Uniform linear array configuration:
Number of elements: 12
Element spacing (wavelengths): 0.75
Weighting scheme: kaiser
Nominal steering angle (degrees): -30
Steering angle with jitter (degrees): -29.673
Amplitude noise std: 0.05
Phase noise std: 0.05

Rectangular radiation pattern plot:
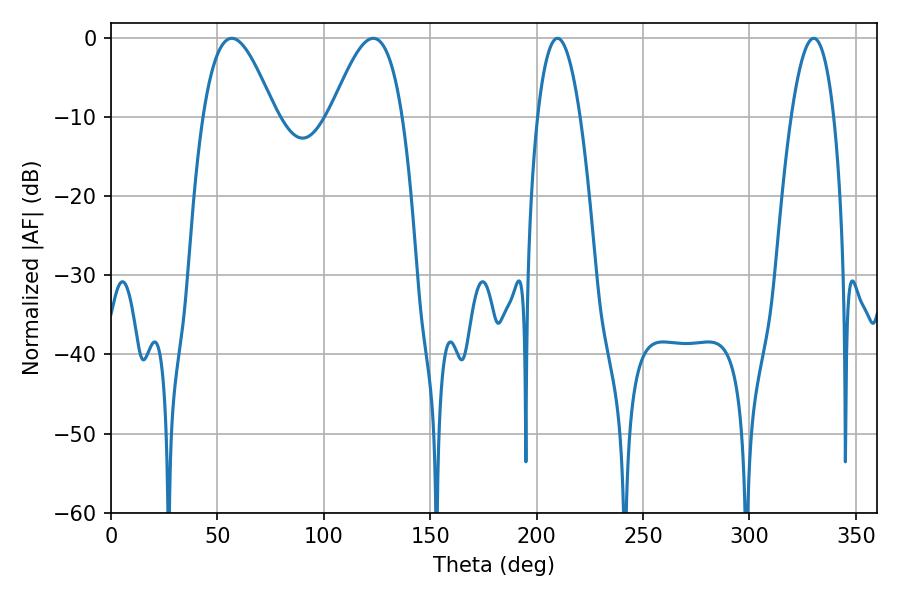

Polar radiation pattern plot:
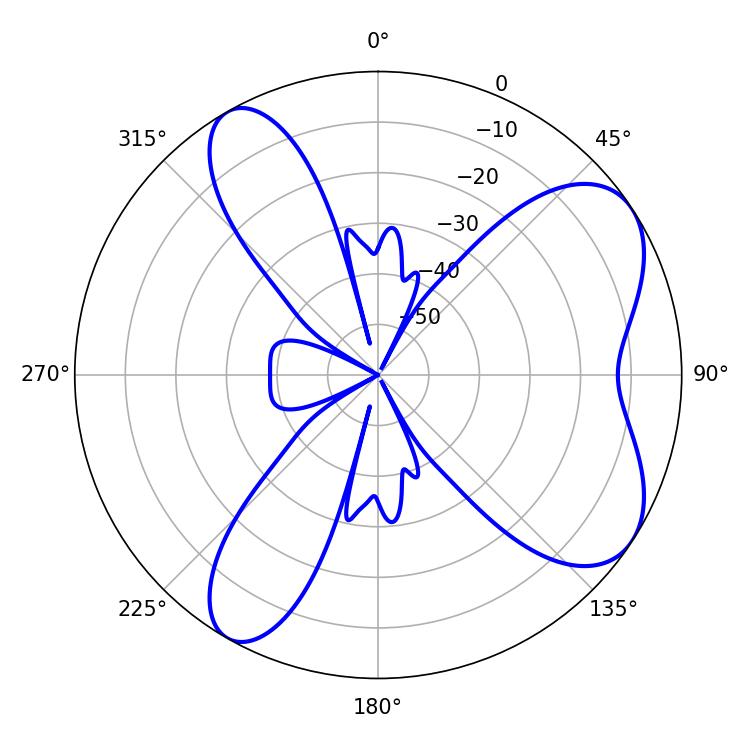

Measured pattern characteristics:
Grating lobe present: TRUE
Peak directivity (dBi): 6.988
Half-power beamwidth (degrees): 18.18
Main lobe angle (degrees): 56.7